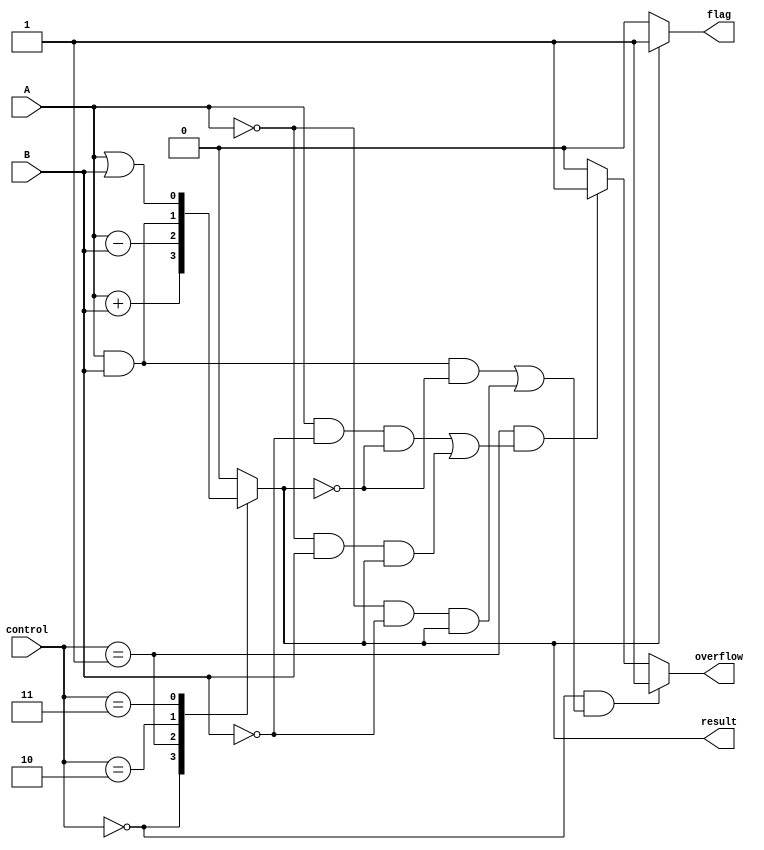
module alu(input wire [0:0] A,
            input wire [0:0] B,
            input wire [2:0] control,
            output reg [0:0] result,
            output reg overflow,
            output reg flag);

  always @ (A or B or control)
    case(control)
      3'b000: result = A + B; // Addition
      3'b001: result = A - B; // Subtraction
      3'b010: result = A & B; // AND
      3'b011: result = A | B; // OR
      default: result = 1'b0;
    endcase

  always @ (result)
    begin
      if(control == 3'b000 && (A[0] & B[0] & ~result[0] | ~A[0] & ~B[0] & result[0])) overflow = 1;
      else if(control == 3'b001 && (A[0] & ~B[0] & ~result[0] | ~A[0] & B[0] & result[0])) overflow = 1;
      else overflow = 0;
      
      if(result[0] == 1) flag = 1;
      else flag = 0;
    end

endmodule